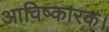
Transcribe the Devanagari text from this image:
आविष्कारक।